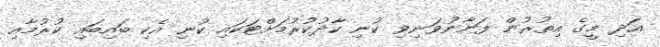
އަދި މީގެ އިތުރުން ފަނާނުވަނިވި ކުނި ކާދުކުރުމަށްޓަކައި ކުނި އެކި ބައިބައި ކުރުމާއި